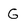
Character: G